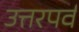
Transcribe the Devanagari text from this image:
उत्तरपर्व